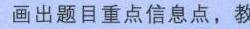
画出题目重点信息点，教